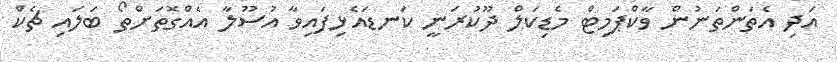
އަދި އެތަންތަނުން ވާކްޕަމިޓް މެޑިކަލް ދޫކުރަނީ ކަނޑައެޅިފައިވާ އުސޫލާ އެއްގޮތަށްތޯ ބަލައި ޗެކް